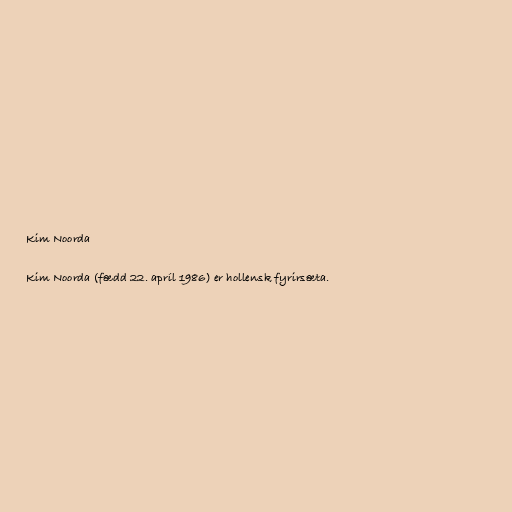
Kim Noorda

Kim Noorda (fædd 22. apríl 1986) er hollensk fyrirsæta.